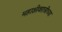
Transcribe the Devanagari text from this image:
महाशीवरात्रीच्या